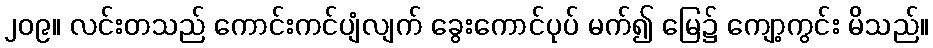
၂၀၉။ လင်းတသည် ကောင်းကင်ပျံလျက် ခွေးကောင်ပုပ် မက်၍ မြေ၌ ကျော့ကွင်း မိသည်။